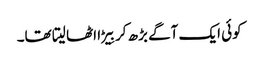
کوئی ایک آگے بڑھ کر بِیڑا اٹھا لیتا تھا۔